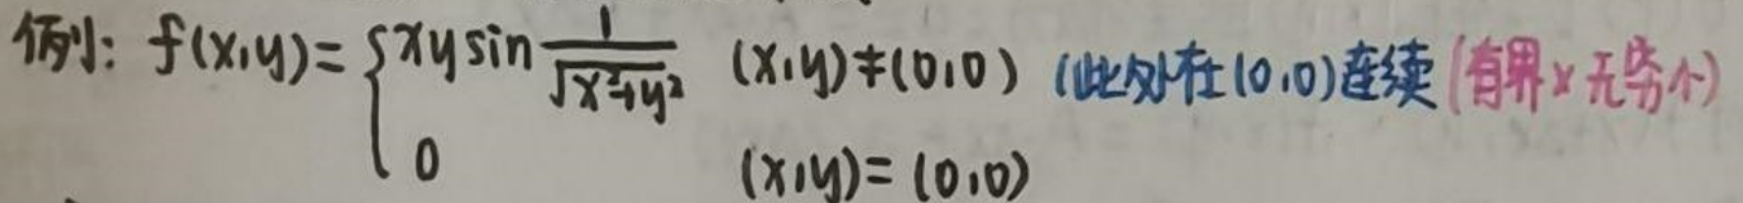
例:\[
f(x,y)=
\begin{cases}
xy\sin\frac{1}{\sqrt{x^{2}+y^{2}}}&(x,y)\neq(0,0)(此处在$(0,0)$连续（有界$\times$无穷小）)\\
0&(x,y)=(0,0)
\end{cases}
\]